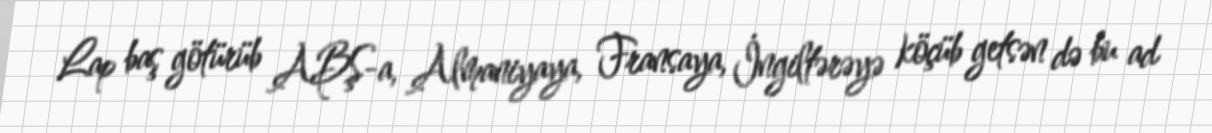
Lap baş götürüb ABŞ-a, Almaniyaya, Fransaya, İngiltərəyə köçüb getsən də bu ad